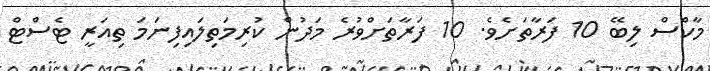
މާކްސް ލިބޭ 10 ފަރާތަށެވެ. 10 ފަރާތަށްވުރެ މަދުން ކުރިމަތިލައިފިނަމަ ތިއަރީ ޓެސްޓް